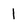
Character: 1